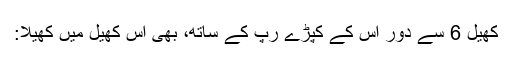
کھیل 6 سے دور اس کے کپڑے رپ کے ساتھ، بھی اس کھیل میں کھیلا: